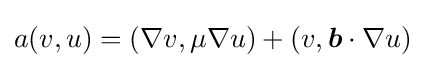
a(v,u)=(\nabla v,\mu \nabla u)+(v,{\boldsymbol {b}}\cdot \nabla u)